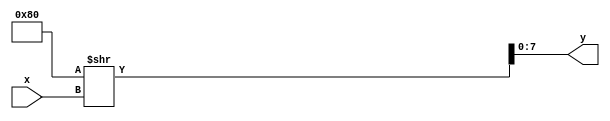
module decoder38_1(x,y);
	input [2:0]x;
	output [7:0]y;
	assign y = 128>>x;
endmodule

/*
//Other way

module decoder38_2(x,y);
	input [2:0]x;
	output [7:0]y;
	reg [7:0]y;
	always @ (x) begin
	case (x)
		0: y=8'b10000000;
		1: y=8'b01000000;
		2: y=8'b00100000;
		3: y=8'b00010000;
		4: y=8'b00001000;
		5: y=8'b00000100;
		6: y=8'b10000010;
		7: y=8'b10000001;
	endcase
	end
endmodule

*/